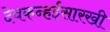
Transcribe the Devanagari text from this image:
देवकन्हईसारखी